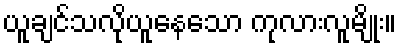
ယူချင်သလိုယူနေသော ကုလားလူမျိုး။